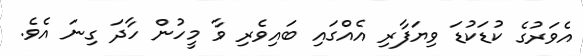
އެވަރުގެ ކުޑަކުޑަ ވިޔަފާރި އެއްގައި ބައިވެރި ވާ މީހުން ހާދަ ގިނަ އެވެ.